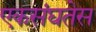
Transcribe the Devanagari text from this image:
एकसंघतेस